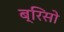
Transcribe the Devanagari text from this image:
ब्रिसो